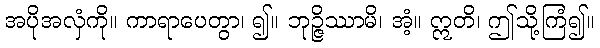
အပိုအလှံကို။ ကာရာပေတွာ၊ ၍။ ဘုဉ္ဇိဿာမိ၊ အံ့။ ဣတိ၊ ဤသို့ကြံ၍။